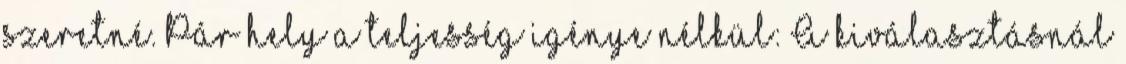
szeretné. Pár hely a teljesség igénye nélkül: A kiválasztásnál